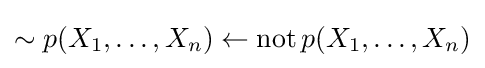
\sim p(X_{1},\dots ,X_{n})\leftarrow \operatorname {not} p(X_{1},\dots ,X_{n})